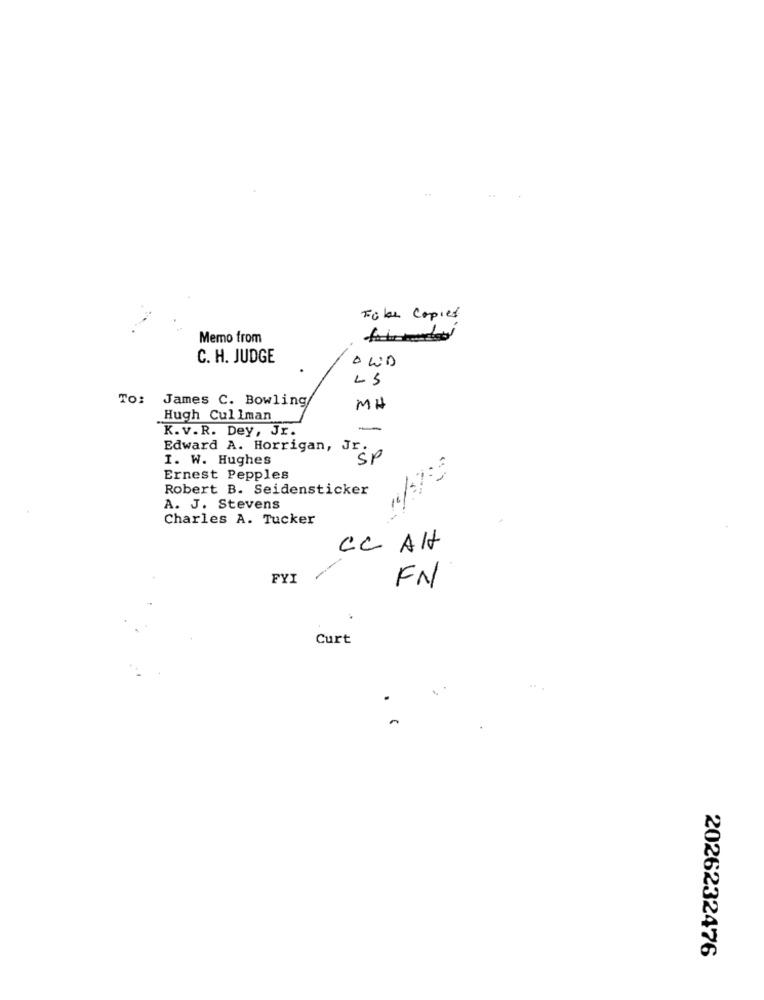
Fübe Copied
Memo from
C. H. JUDGE
LS
TO:
James C. Bowling
MH
Hugh Cullman
K. v.R. Dey, Jr.
Edward A. Horrigan, Jr.
I. W. Hughes
SP
Ernest Pepples
Robert B. Seidensticker
A. J. Stevens
Charles A. Tucker
CC AH
FYI
FN
Curt
2026232476